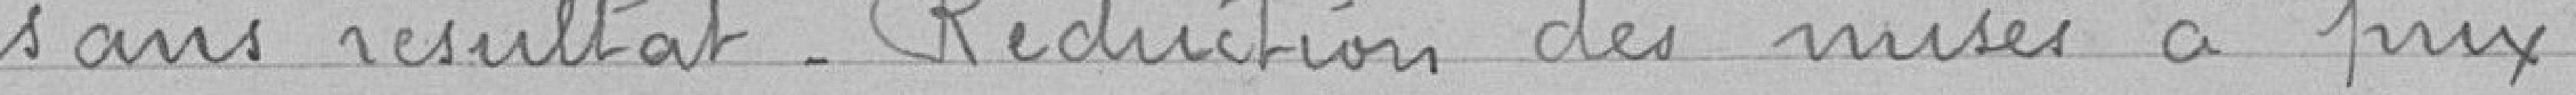
sans résultat_ Réduction des mises à prix